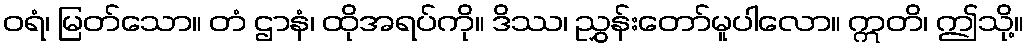
ဝရံ၊ မြတ်သော။ တံ ဌာနံ၊ ထိုအရပ်ကို။ ဒိဿ၊ ညွှန်းတော်မူပါလော။ ဣတိ၊ ဤသို့။